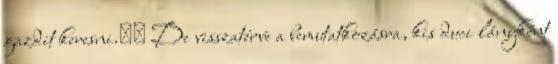
gazdit keresni.❤ De visszatérve a bemutatkozásra, kis duci lányként